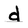
Character: d